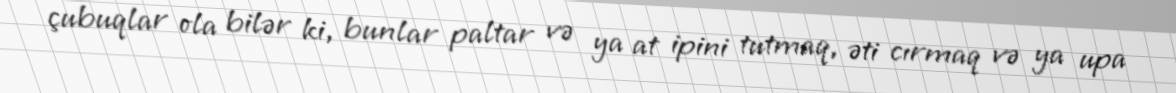
çubuqlar ola bilər ki, bunlar paltar və ya at ipini tutmaq, əti cırmaq və ya upa